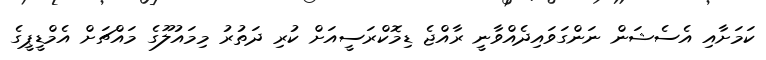
ކަމަށާއި އެސެޝަން ނަންގަވައިދެއްވާނީ ރާއްޖެ ޑިމޮކްރަސީއަށް ކުރި ދަތުރު މިމައުލޫގެ މައްޗަށް އެމްޑީޕީގެ